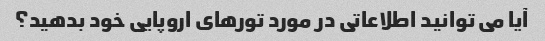
آیا می توانید اطلاعاتی در مورد تورهای اروپایی خود بدهید؟